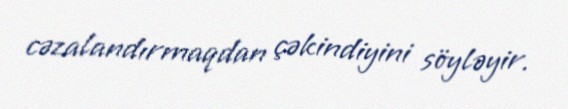
cəzalandırmaqdan çəkindiyini söyləyir.